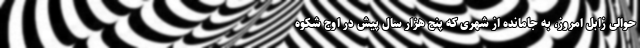
حوالی زابل امروز، به جامانده از شهری که پنج هزار سال پیش در اوج شکوه